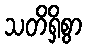
သတိရှိစွာ